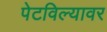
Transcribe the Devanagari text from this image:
पेटविल्यावर